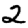
Digit: 2